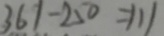
3 6 1 - 2 5 0 = 1 1 1